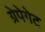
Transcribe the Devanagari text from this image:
ग्रेपेगेट